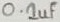
Text: 0.1uF